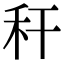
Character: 秆